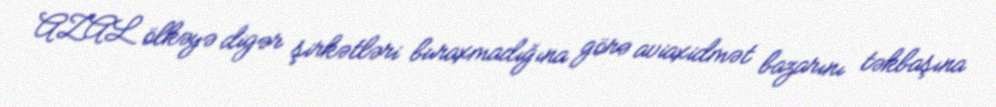
AZAL ölkəyə digər şirkətləri buraxmadığına görə aviaxidmət bazarını təkbaşına